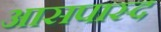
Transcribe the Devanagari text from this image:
आसपास्द